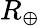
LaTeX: R_{\oplus}